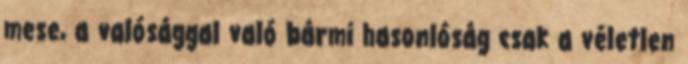
mese, a valósággal való bármi hasonlóság csak a véletlen